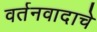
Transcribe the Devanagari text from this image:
वर्तनवादाचे